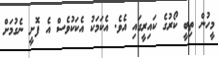
މީހުން ތިބީ ކޯރުގެ ކައިރީގައި އެވެ. އެކަމަކު އެކަކުވެސް އެ ފޮށީ ނެގުމަށް